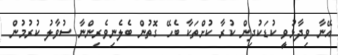
އޭނާ ވިދާޅުވީ ކުޑަކުދިން ކުރާ ކުށްތަކާ ބެހޭ ގޮތުން ބެލެނިވެރިންނާ ސުވާލު ކުރުމުން